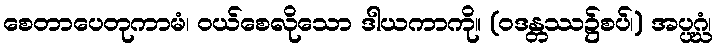
စေတာပေတုကာမံ၊ ဝယ်စေလိုသော ဒါယကာကို။ (ဝဒန္တဿ၌စပ်၊) အပ္ပဂ္ဃံ၊